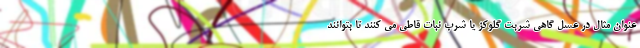
عنوان مثال در عسل گاهی شربت گلوکز یا شرب نبات قاطی می کنند تا بتوانند